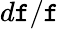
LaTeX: d\mathtt{f}/\mathtt{f}